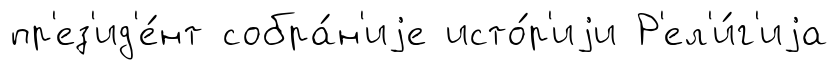
пр'ез'ид'е́нт собра́н'иjе исто́р'иjи Р'ел'и́г'иjа